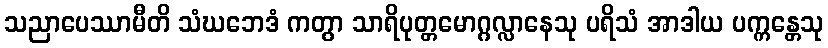
သညာပေဿာမီတိ သံဃဘေဒံ ကတွာ သာရိပုတ္တမောဂ္ဂလ္လာနေသု ပရိသံ အာဒါယ ပက္ကန္တေသု